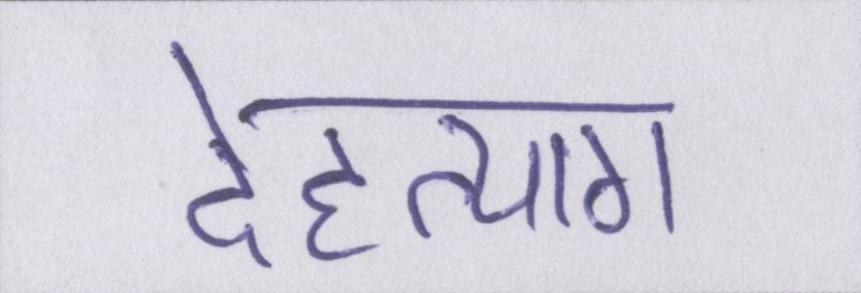
देहत्याग